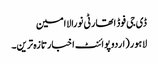
ڈی جی فوڈ اتھارٹی نورالاامین
لاہور(اردوپوائنٹ اخبارتازہ ترین۔